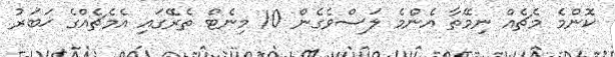
ކޮންމެ މެޗެއް ނިމޭތާ އެންމެ ލަސްވެގެން 10 މިނެޓް ތެރޭގައި އެމެޗެއްގެ ޚަބަރު